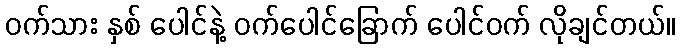
ဝက်သား နှစ် ပေါင်နဲ့ ဝက်ပေါင်ခြောက် ပေါင်ဝက် လိုချင်တယ်။